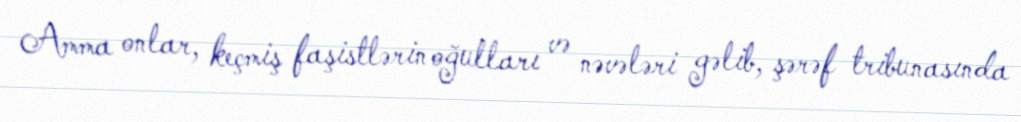
Amma onlar, keçmiş faşistlərin oğulları və nəvələri gəlib, şərəf tribunasında